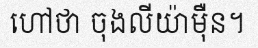
ហៅថា ចុងលីយ៉ាម៉ឺន។